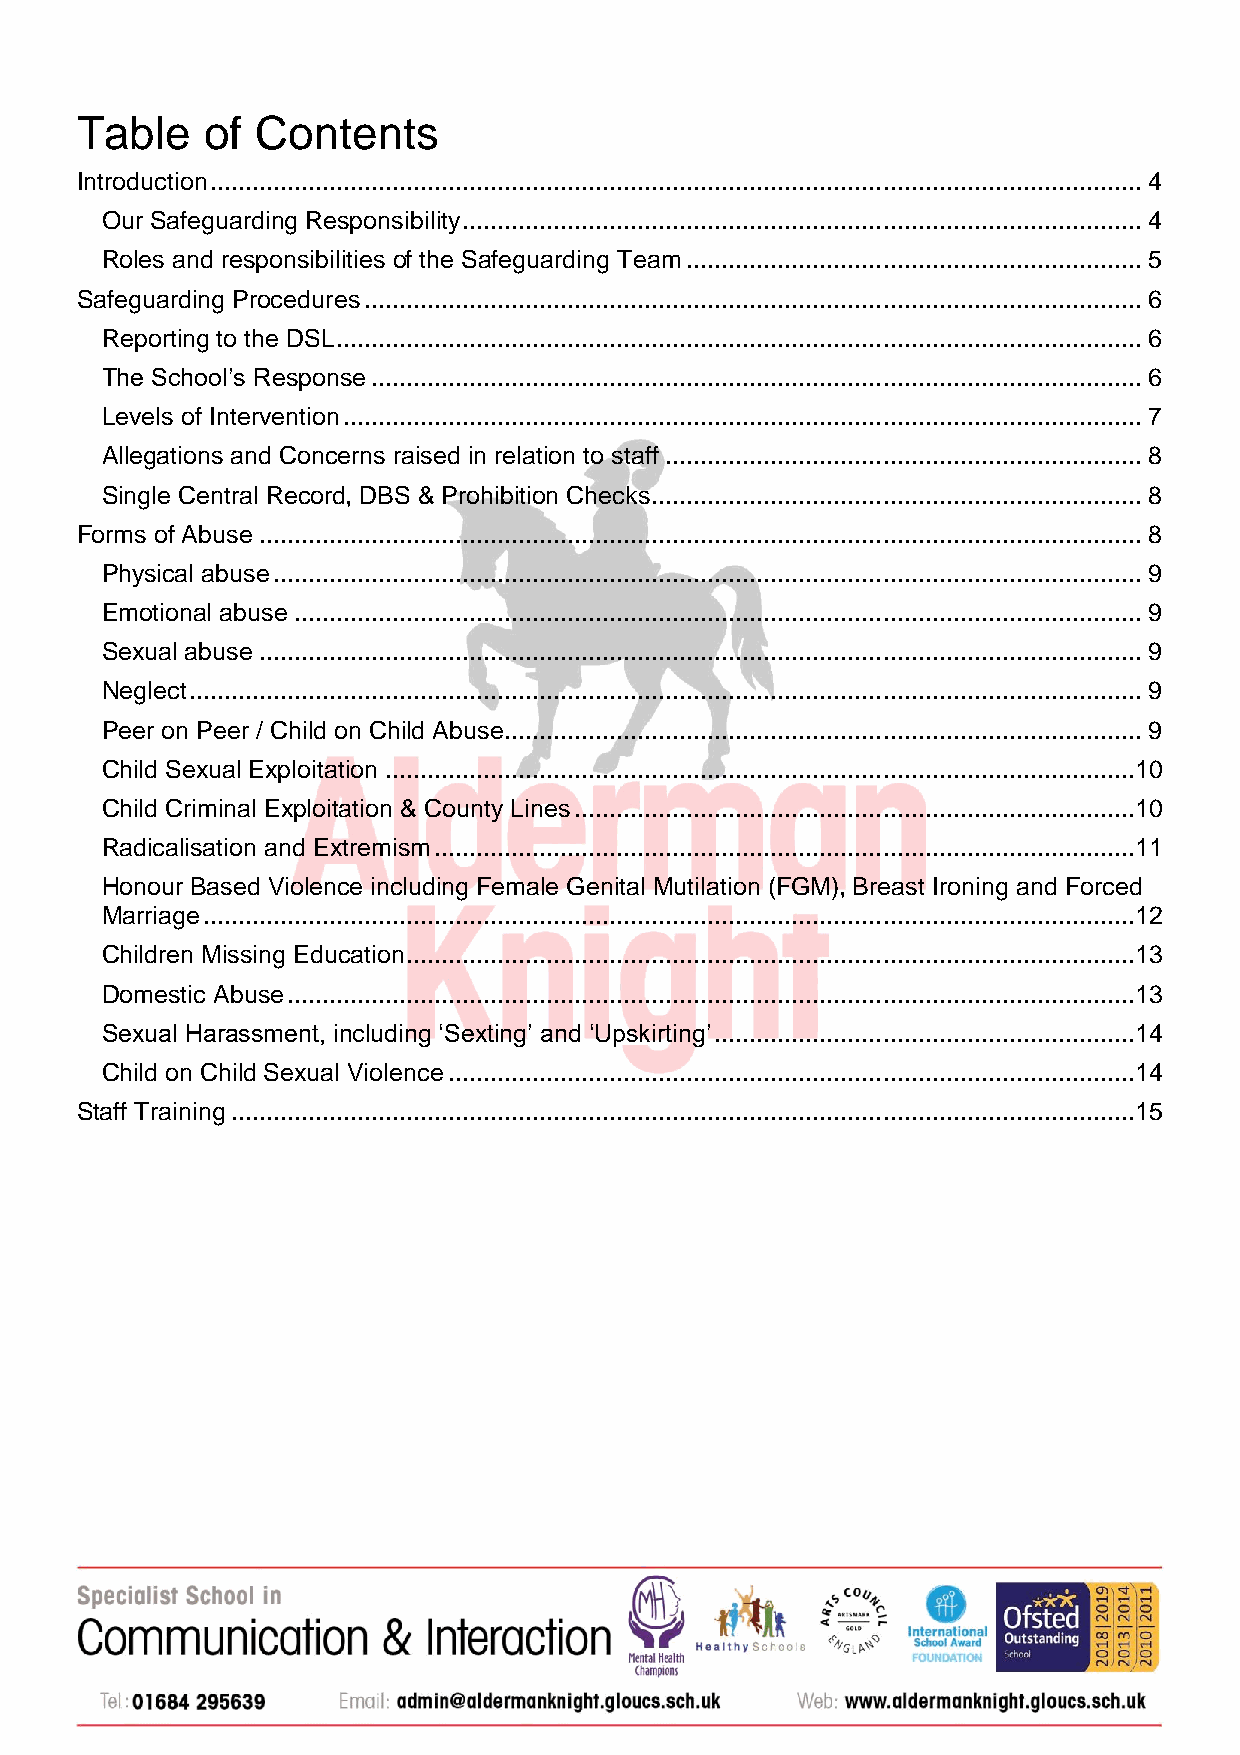
Table    of Contents
 Introduction ..................................................................................................................................... 4
 Our Safeguarding Responsibility ................................................................................................. 4
 Roles and responsibilities of the Safeguarding Team ................................................................. 5
 Safeguarding Procedures ............................................................................................................... 6
 Reporting to the DSL ................................................................................................................... 6
 The School’s Response .............................................................................................................. 6
 Levels of Intervention .................................................................................................................. 7
 Allegations and Concerns raised in relation to staff .................................................................... 8
 Single Central Record, DBS & Prohibition Checks ...................................................................... 8
 Forms of Abuse .............................................................................................................................. 8
 Physical abuse ............................................................................................................................ 9
 Emotional abuse ......................................................................................................................... 9
 Sexual abuse .............................................................................................................................. 9
 Neglect ........................................................................................................................................ 9
 Peer on Peer / Child on Child Abuse ........................................................................................... 9
 Child Sexual Exploitation ...........................................................................................................10
 Child Criminal Exploitation & County Lines ................................................................................10
 Radicalisation and Extremism ....................................................................................................11
 Honour Based Violence including Female Genital Mutilation (FGM), Breast Ironing and Forced
 Marriage .....................................................................................................................................12
 Children Missing Education ........................................................................................................13
 Domestic Abuse .........................................................................................................................13
 Sexual Harassment, including ‘Sexting’ and ‘Upskirting’ ............................................................14
 Child on Child Sexual Violence ..................................................................................................14
 Staff Training .................................................................................................................................15